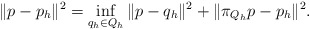
\begin{align*} \| p - p_h \|^2 = \inf_{q_h \in Q_h} \| p - q_h \|^2 + \| \pi_{Q_h} p - p_h \|^2. \end{align*}